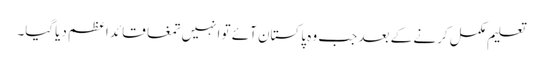
تعلیم مکمل کرنے کے بعد جب وہ پاکستان آئے تو انہیں تمغا قائد اعظم دیاگیا۔